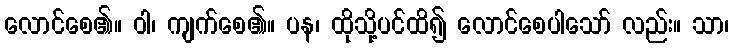
လောင်စေ၏။ ဝါ၊ ကျက်စေ၏။ ပန၊ ထိုသို့ပင်ထိ၍ လောင်စေပါသော် လည်း။ သာ၊